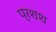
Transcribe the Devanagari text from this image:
प्रशश